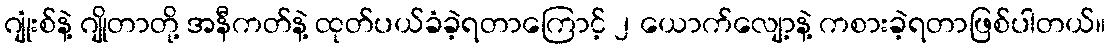
ဂျုံးစ်နဲ့ ဂျိုတာတို့ အနီကတ်နဲ့ ထုတ်ပယ်ခံခဲ့ရတာကြောင့် ၂ ယောက်လျော့နဲ့ ကစားခဲ့ရတာဖြစ်ပါတယ်။